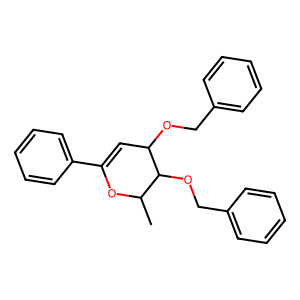
SMILES: CC1OC(c2ccccc2)=CC(OCc2ccccc2)C1OCc1ccccc1
Inhibits HIV replication: No